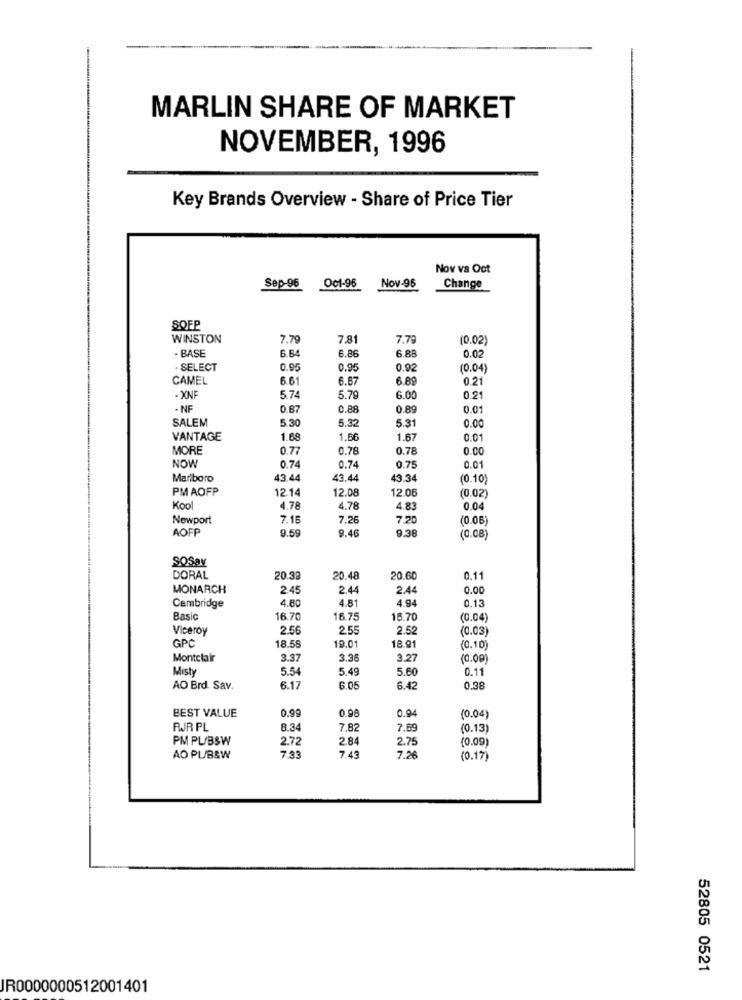
MARLIN SHARE OF MARKET
NOVEMBER, 1996
Key Brands Overview - Share of Price Tier
Nov vs Oot
Nov-96
Sep-96
Oct-96
Change
SOFP
WINSTON
7.79
7.8
7.79
(0.02)
- BASE
6.B
6.86
6.88
0.02
. SELECT
0.9
0.95
0.92
(0.04)
CAMEL
6.61
6.67
6.89
0.21
- XNF
5.7
5.79
6.00
0.21
· NF
0 87
0.88
0.89
0.01
SALEM
5.30
5.32
5.31
0.00
VANTAGE
1.68
1.56
1.67
0.01
MORE
0.77
0.78
0.78
0.00
NOW
0.74
0.74
0.75
0.01
Marlboro
43.44
43.44
43.3
(0.10)
PMAOFP
12.14
12.08
12.06
(0.02)
Kool
4.78
4.78
4.83
0.04
Newport
7.16
7.26
7.20
(0.06)
AOFP
9.59
9.46
9.38
(0.08)
SOSav
DORAL
20.39
20.48
20.6
0.11
MONARCH
2.45
2.44
2.44
0.00
4.80
4.81
4.94
0.13
Cambridge
Basic
16.70
16.75
16.70
(0.04)
Viceroy
2.56
2.5
(0.03)
GPC
18.55
19.0
18.91
(0.10)
Montclair
3.37
3.36
3.27
(0.00)
Misty
5.54
5.49
5.60
0.11
AO Brd. Sav.
6.17
6.0
6.42
0.38
BEST VALUE
0.99
0.98
0.94
(0.04)
RJR PL
8.34
7.82
7.69
(0.13)
PM PL/BSW
2.72
2.84
2.75
(0.09)
7.93
AO PL/BSW
7.43
7.26
(0.17)
52805 0521
JR0000000512001401